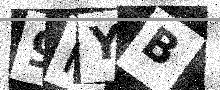
Text: 9KYB